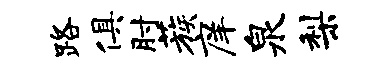
路俱肘蔟庠泉梨